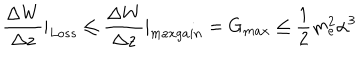
\frac { \Delta W } { \Delta z } | _ { L o s s } \leq \frac { \Delta W } { \Delta z } | _ { m a x g a i n } = G _ { m a x } \leq \frac { 1 } { 2 } m _ { e } ^ { 2 } \alpha ^ { 3 }